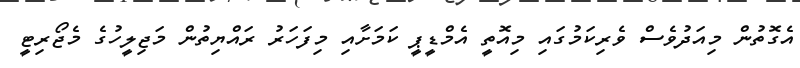
އެގޮތުން މިއަދުވެސް ވެރިކަމުގައި މިއޮތީ އެމްޑީޕީ ކަމަށާއި މިފަހަރު ރައްޔިތުން މަޖިލީހުގެ މެޖޯރިޓީ